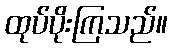
ထုပ်ပိုးကြသည်။